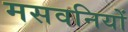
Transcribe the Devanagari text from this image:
मसवनियों